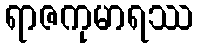
ရာဇကုမာရဿ